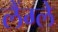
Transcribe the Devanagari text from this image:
लैंग्ले